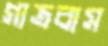
গাত্রবাস